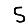
Digit: 5